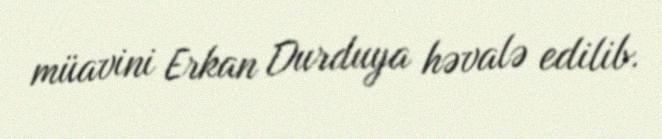
müavini Erkan Durduya həvalə edilib.